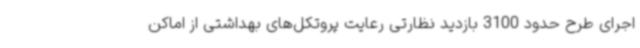
اجرای طرح حدود 3100 بازدید نظارتی رعایت پروتکل‌های بهداشتی از اماکن